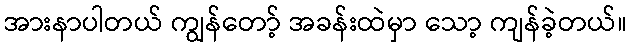
အားနာပါတယ် ကျွန်တော့် အခန်းထဲမှာ သော့ ကျန်ခဲ့တယ်။